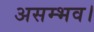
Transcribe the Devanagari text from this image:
असम्भव।